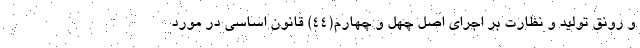
و رونق تولید و نظارت بر اجرای اصل چهل و چهارم(۴۴) قانون اساسی در مورد